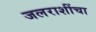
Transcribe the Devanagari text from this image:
जलराशींचा